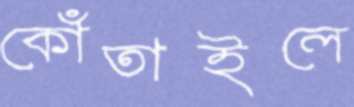
কোঁতাইলে